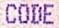
CODE